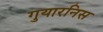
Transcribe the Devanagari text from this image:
गुयारनिस